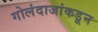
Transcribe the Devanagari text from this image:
गोलंदाजांकडून